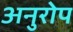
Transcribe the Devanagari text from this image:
अनुरोप